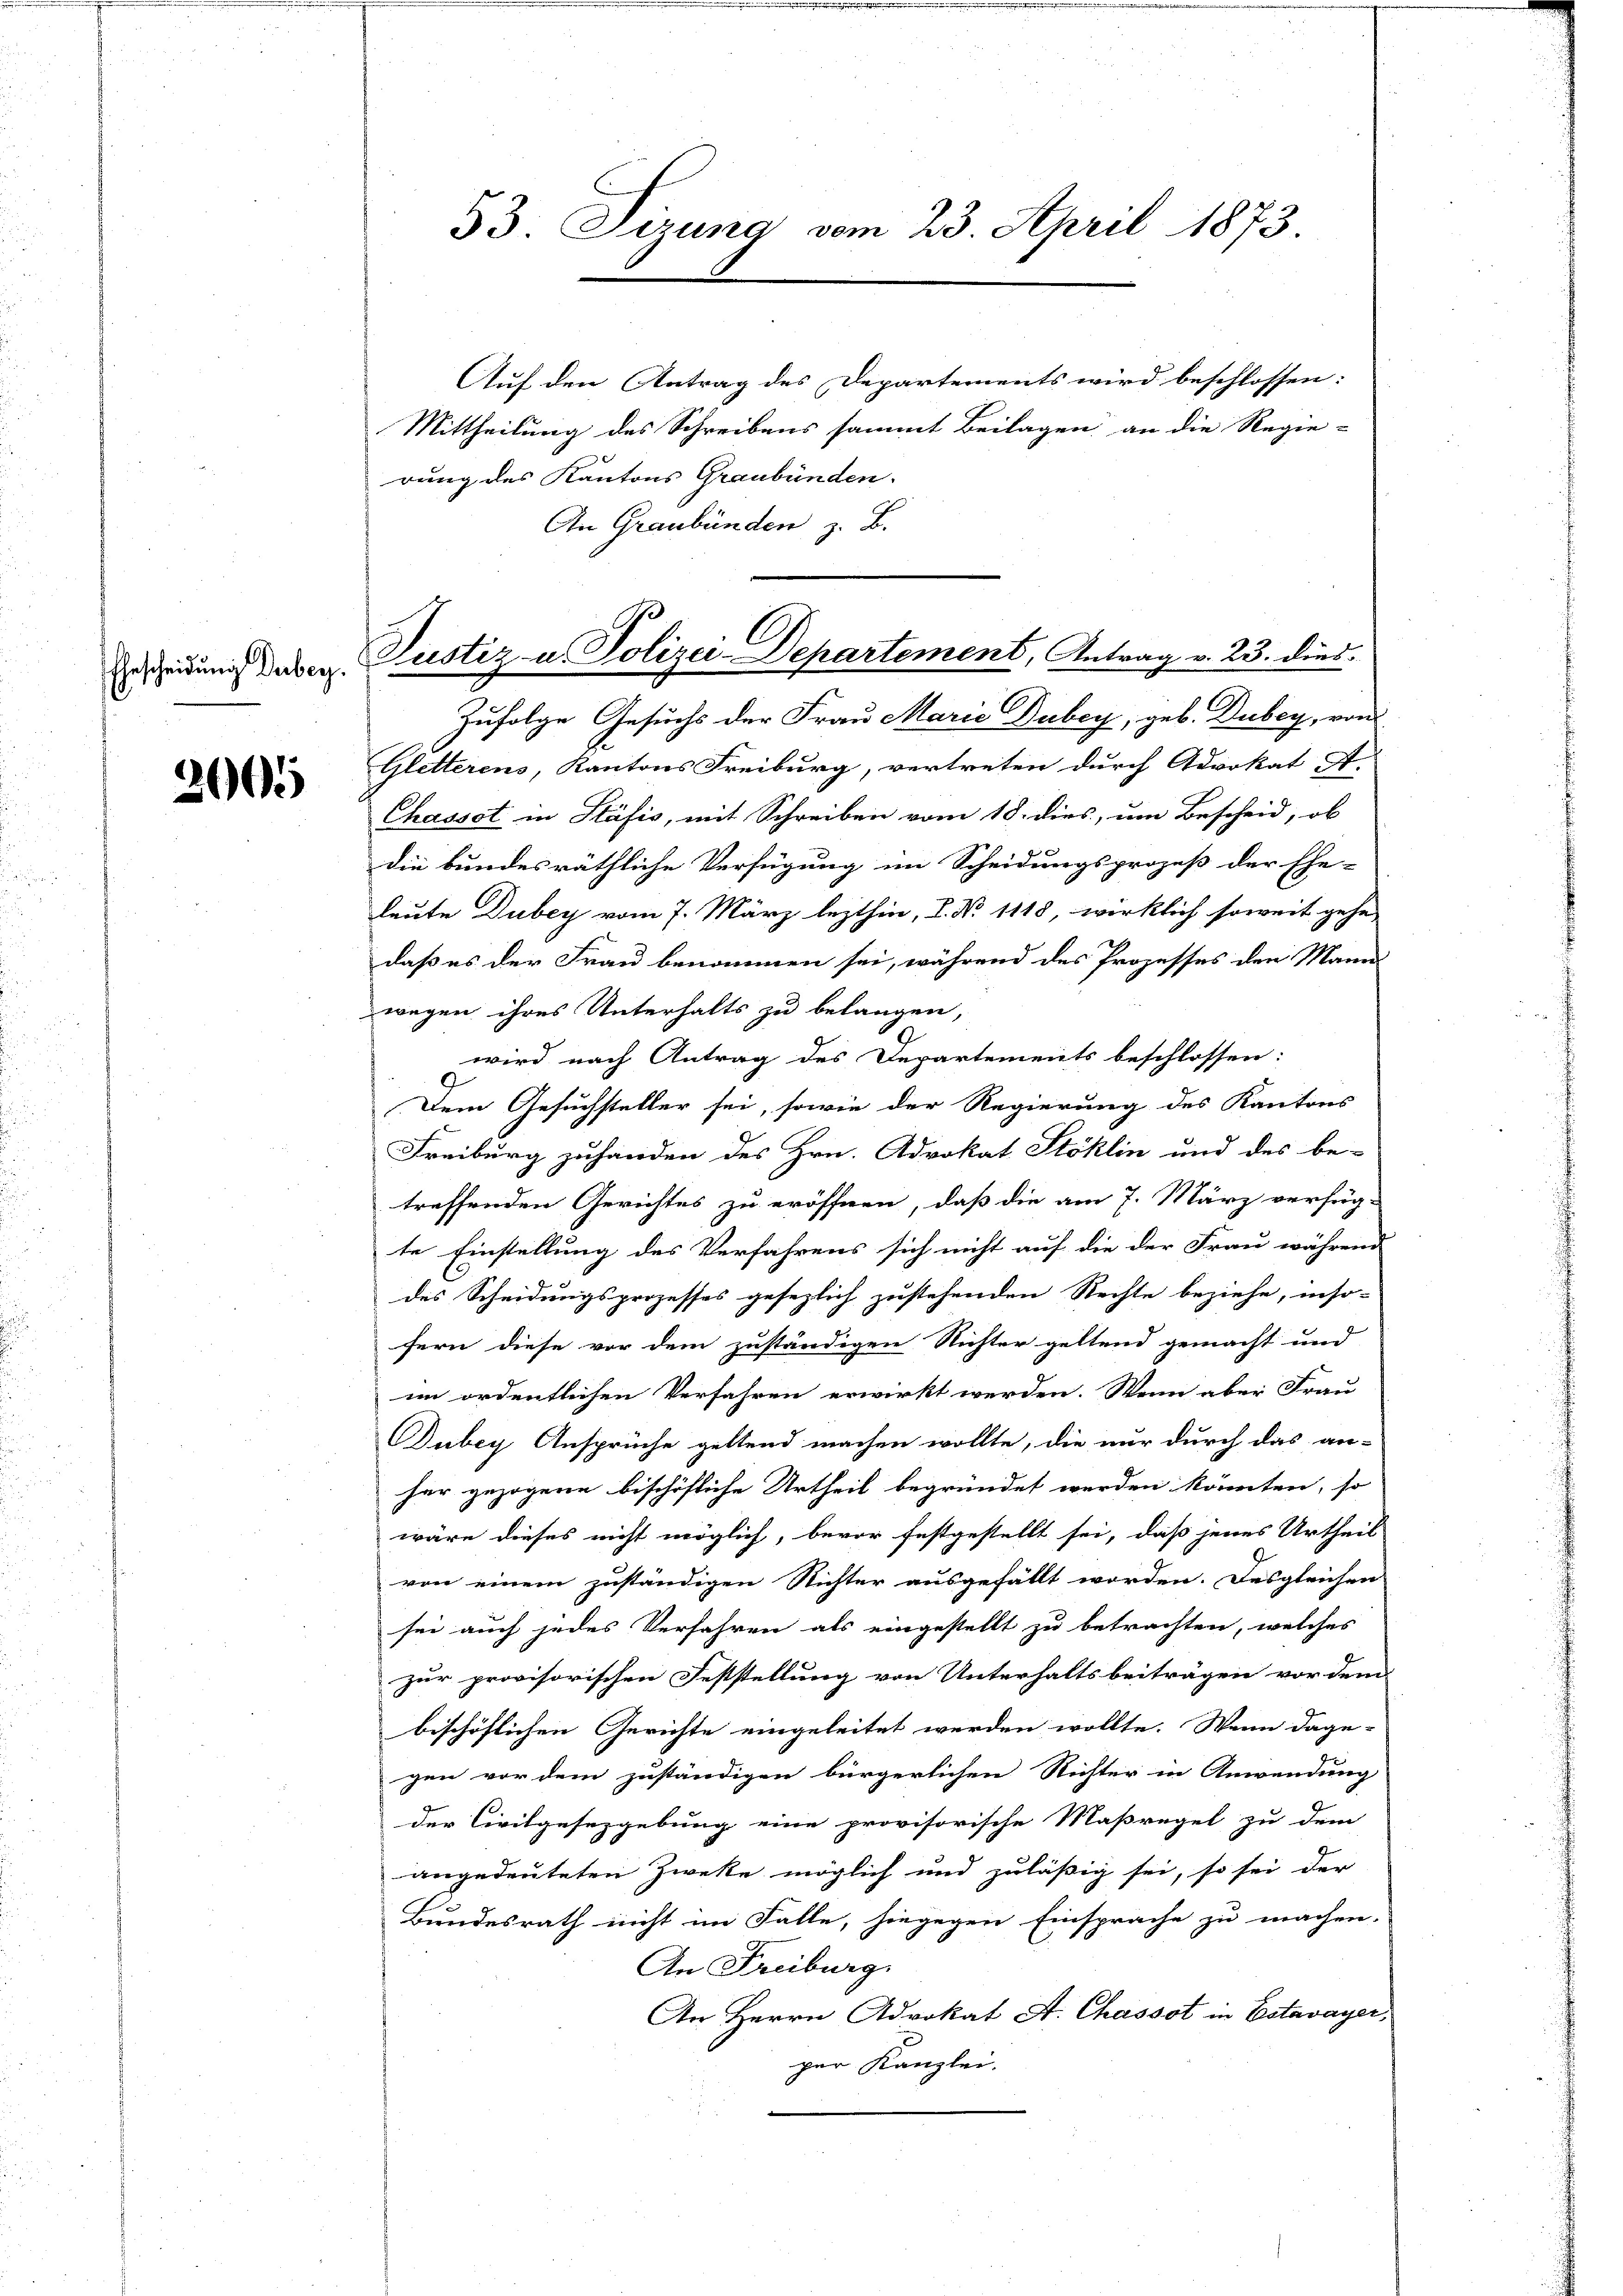
Ehescheidung Derberg.

2005

53. Sizung vom 23. April 1873

Auf den Antrag des Departements wird beschlossen:
Mittheilung des Schreibens sammt Beilagen an die Regie-
rung des Kantons Graubünden.
An Graubünden z. B.

Justiz u. Polizei Departement, Antrag v. 23. dies

Zufolge Gesuchs der Frau Marie Dubey, geb. Dubey, von
Gletterens, Kantons Freiburg, vertreten durch Advokat A.
Chassot in Stäfis, mit Schreiben vom 18. dies, um Bescheid, ob
die bundesräthliche Verfügung im Scheidungsprozeß der Ehe-
leute Dubey vom 7. März lezthin, L. No. 1118, wirklich soweit gehe
daß es der Frau benommen sei, während des Prozesses den Mann-
wegen ihres Unterhalts zu belangen,
wird nach Antrag des Departements beschlossen:
Dem Gesuchsteller sei, sowie der Regierung des Kantons
Freiburg zuhanden des Hrn. Advokat Stoklin und des be-
treffenden Gerichtes zu eröffnen, daß die am 7. März verfüg-
te Einstellung des Verfahrens sich nicht auf die der Frau während
des Scheidungsprozesses gesezlich zustehenden Rechte beziehe, inso-
fern diese vor dem zuständigen Nichter geltend gemacht und
im ordentlichen Verfahren erwirkt werden. Wenn aber Frau
Dubey Ansprüche geltend machen wollte, die nur durch das an-
her gezogene bischöfliche Urtheil begründet werden könnten, so
wäre dieses nicht möglich, bevor festgestellt sei, daß jenes Urtheil
von einem zuständigen Nichter ausgefällt worden. Desgleichen
sei auch jedes Verfahren als eingestellt zu betrachten, welches
zur provisorischen Feststellung von Unterhaltsbeiträgen vor dem
bischöflichen Gerichte eingeleitet werden wollte. Wenn dage-
gen vor dem zuständigen bürgerlichen Richter in Anwendung
der Civilgesetzgebung eine provisorische Maßregel zu dem
angedeuteten Zwecke möglich und zuläßig sei, so sei der
Bundesrath nicht im Falle, hiegegen Einsprache zu machen.
An Freiburg
An Herrn Advokat A. Chassot in Estavayer,
per Kanzlei.